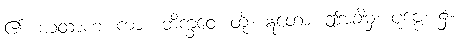
၏။ ယထာဟ၊ ကား။ ဘိက္ခဝေ၊ တို့။ ဣတော၊ ဤအခါမှ။ ပုဗ္ဗေ၊ ၌။